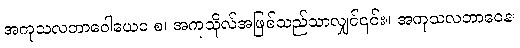
အကုသလဘာဝေါယေဝ စ၊ အကုသိုလ်အဖြစ်သည်သာလျှင်၎င်း။ အကုသလဘာဝေန၊